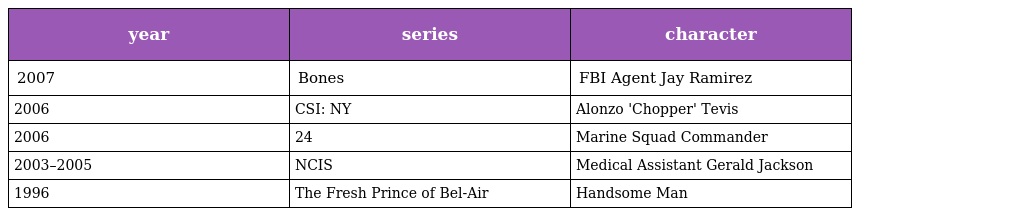
| year | series | character |
 | --- | --- | --- |
 | 2007 | Bones | FBI Agent Jay Ramirez |
 | 2006 | CSI: NY | Alonzo 'Chopper' Tevis |
 | 2006 | 24 | Marine Squad Commander |
 | 2003–2005 | NCIS | Medical Assistant Gerald Jackson |
 | 1996 | The Fresh Prince of Bel-Air | Handsome Man |